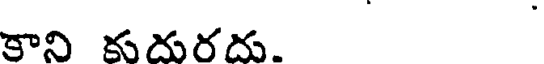
కాని కుదురదు.